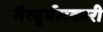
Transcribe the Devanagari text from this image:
गैरदुर्बलकारी